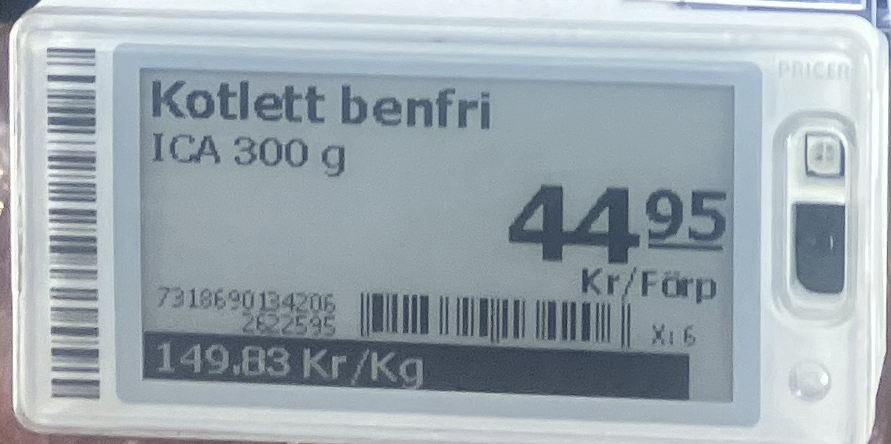
Vara: Kotlett benfri
Genomsnittspris: 149.83 per kg